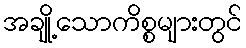
အချို့သောကိစ္စများတွင်